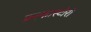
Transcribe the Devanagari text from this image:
फ्राकास्टोरो